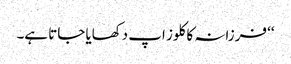
‘‘ فرزانہ کا کلوز اپ دکھایا جاتا ہے۔